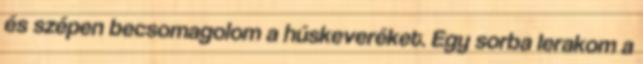
és szépen becsomagolom a húskeveréket. Egy sorba lerakom a